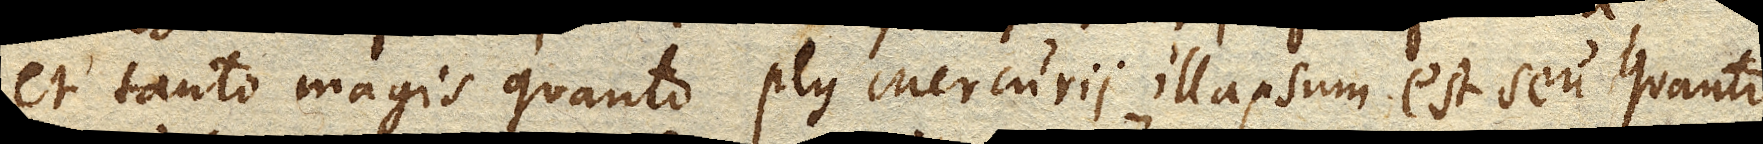
et tanto magis quanto plus Mercurii illapsum est seu quanto